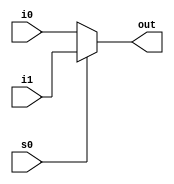
module mux2_to_1(out,i0,i1,s0);
  output out;
  input i0,i1,s0;
  reg out;
  wire i0,i1,s0;
  
  always@(s0 or i0 or i1) 
  begin 
   if(s0==0) 
   out = i0;
   else 
   out = i1;
 end 
endmodule